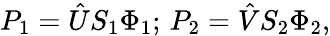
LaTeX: P_{1}=\hat{U}S_{1}\Phi_{1};\, P_{2}=\hat{V}S_{2}\Phi_{2},